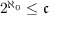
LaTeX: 2 ^ { \aleph _ { 0 } } \leq { \mathfrak { c } }